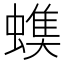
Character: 𧐃